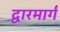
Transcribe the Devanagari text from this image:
द्वारमार्ग